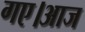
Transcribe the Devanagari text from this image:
गए।आज